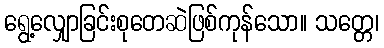
ရွေ့လျှောခြင်းစုတေဆဲဖြစ်ကုန်သော။ သတ္တေ၊